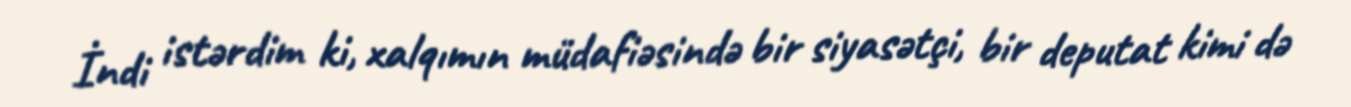
İndi istərdim ki, xalqımın müdafiəsində bir siyasətçi, bir deputat kimi də